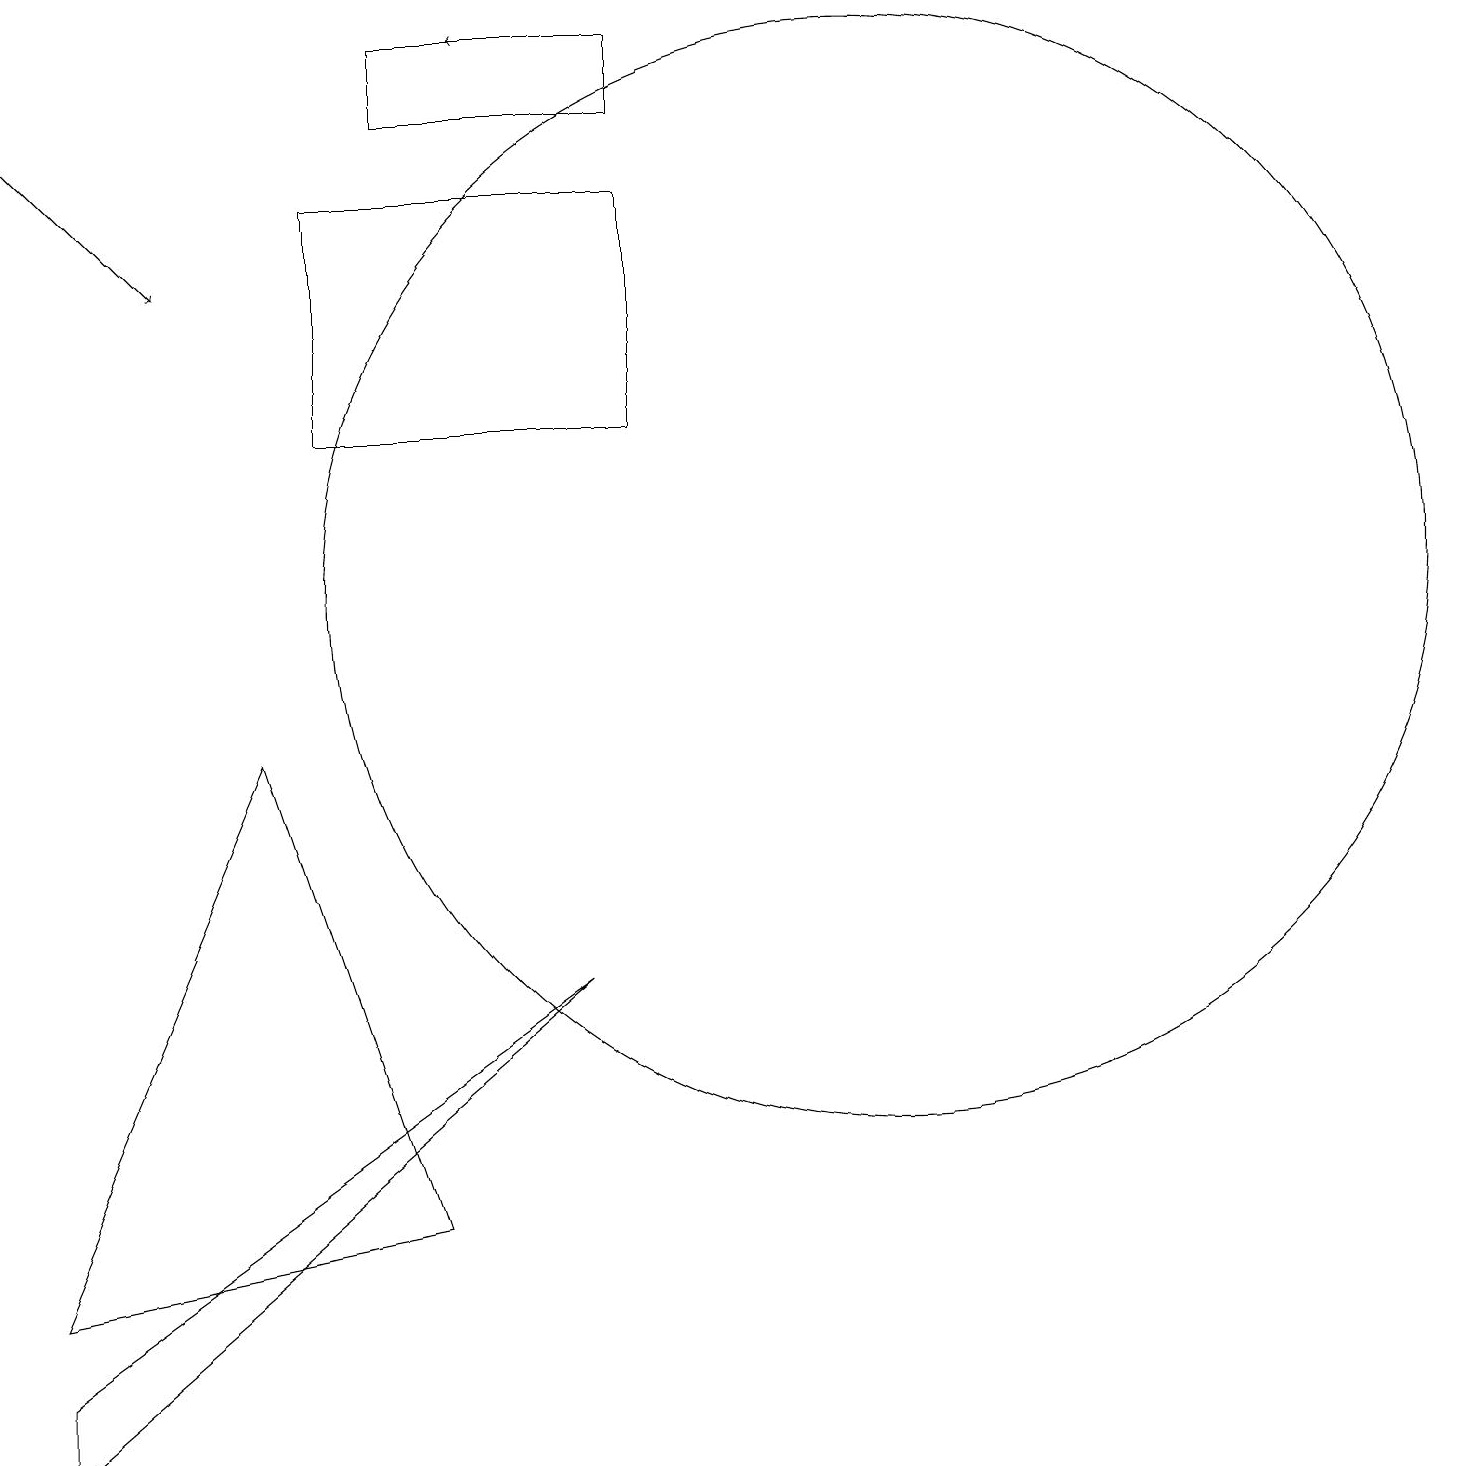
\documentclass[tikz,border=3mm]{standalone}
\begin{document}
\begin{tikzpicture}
\draw[->] (0,17) -- (2,15);
\draw (5,18) rectangle (8,17);
\draw (3,9) -- (5,3) -- (0,2) -- cycle;
\draw[->] (7,18) -- (6,18);
\draw (11,11) circle (7);
\draw (8,13) rectangle (4,16);
\draw (7,6) -- (0,1) -- (0,0) -- cycle;
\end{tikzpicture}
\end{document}